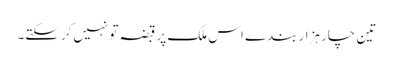
تین چار ہزار بندے اس ملک پر قبضہ تو نہیں‌کرسکتے۔